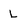
Character: L